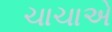
ચાચાએ